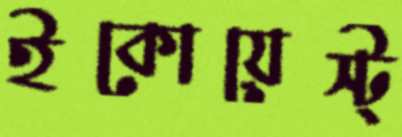
ইকোয়েস্ট্